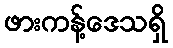
ဖားကန့်ဒေသရှိ